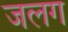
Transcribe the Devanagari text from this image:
जलग